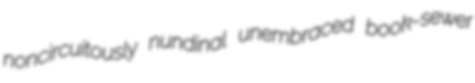
noncircuitously nundinal unembraced book-sewer